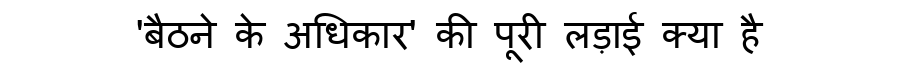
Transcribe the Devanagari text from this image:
'बैठने के अधिकार' की पूरी लड़ाई क्या है